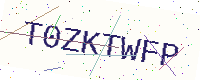
Text: T0ZKTWFP